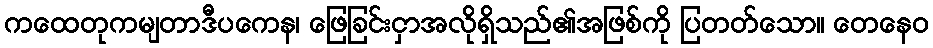
ကထေတုကမျတာဒီပကေန၊ ဖြေခြင်းငှာအလိုရှိသည်၏အဖြစ်ကို ပြတတ်သော။ တေနေဝ